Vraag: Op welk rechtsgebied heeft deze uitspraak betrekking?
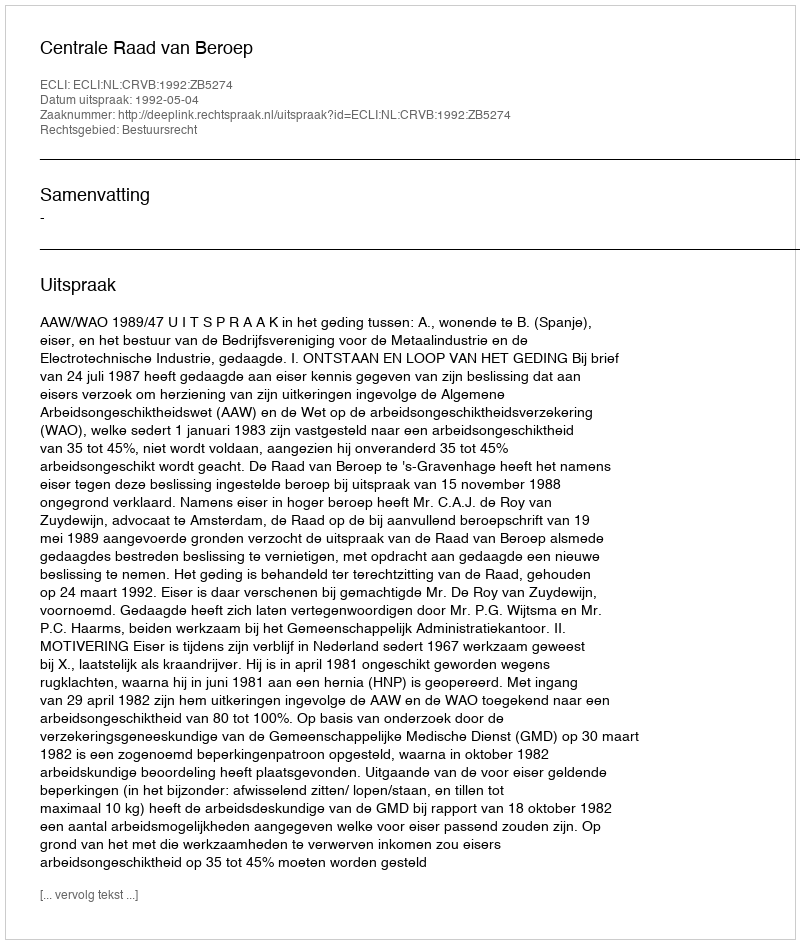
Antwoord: Bestuursrecht